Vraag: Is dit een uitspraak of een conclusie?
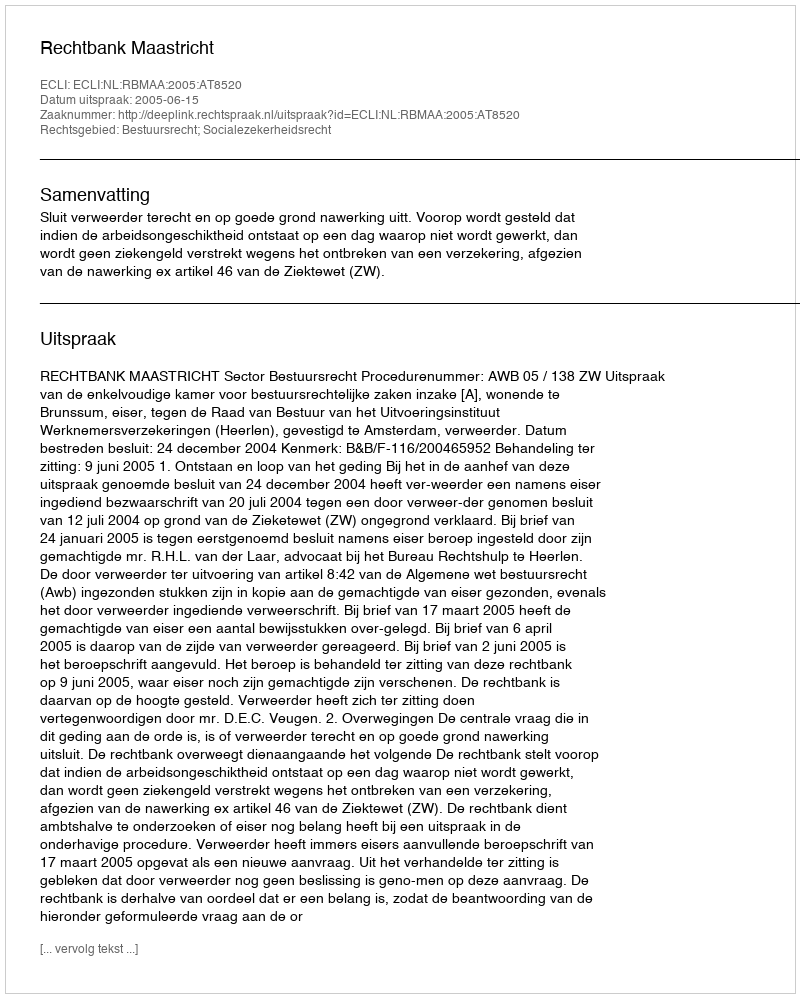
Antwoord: Uitspraak